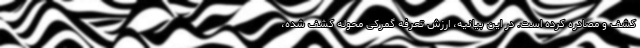
کشف و مصادره کرده است. در این بیانیه، ارزش تعرفه گمرکی محوله کشف شده،